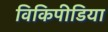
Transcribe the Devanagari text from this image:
विकिपीडिया